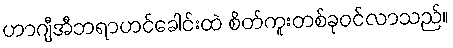
ဟာဂျီအီဘရာဟင်ခေါင်းထဲ စိတ်ကူးတစ်ခုဝင်လာသည်။